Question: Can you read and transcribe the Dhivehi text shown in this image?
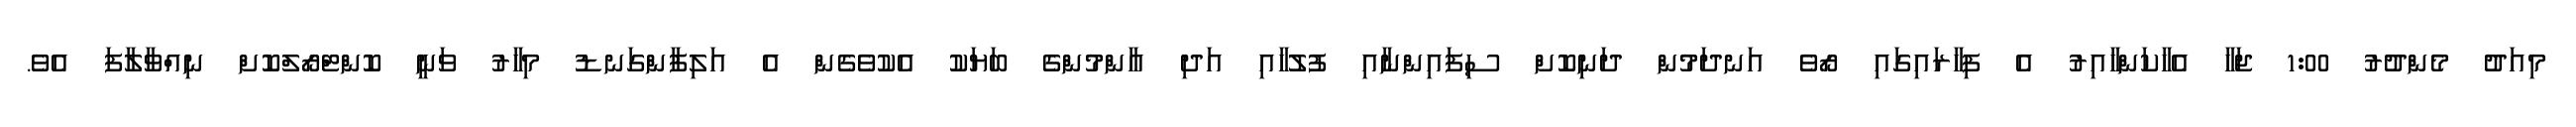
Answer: މިއަދު މެންދުރު 1:00 ޖަހާ އެހާކަންހާއިރު އެ ފިހާރައިގައި ރޯވެ އަނދަމުން ދަނިކޮށް ސިފައިންނާއި ފުލުހާއި އަދި އާންމުންގެ ބަޔަކު އެކުވެގެން އެ އަލިފާންގަނޑު މިހާރު ވަނީ ކޮންޓްރޯލްކޮށް ނިއްވާލާފަ އެވެ.